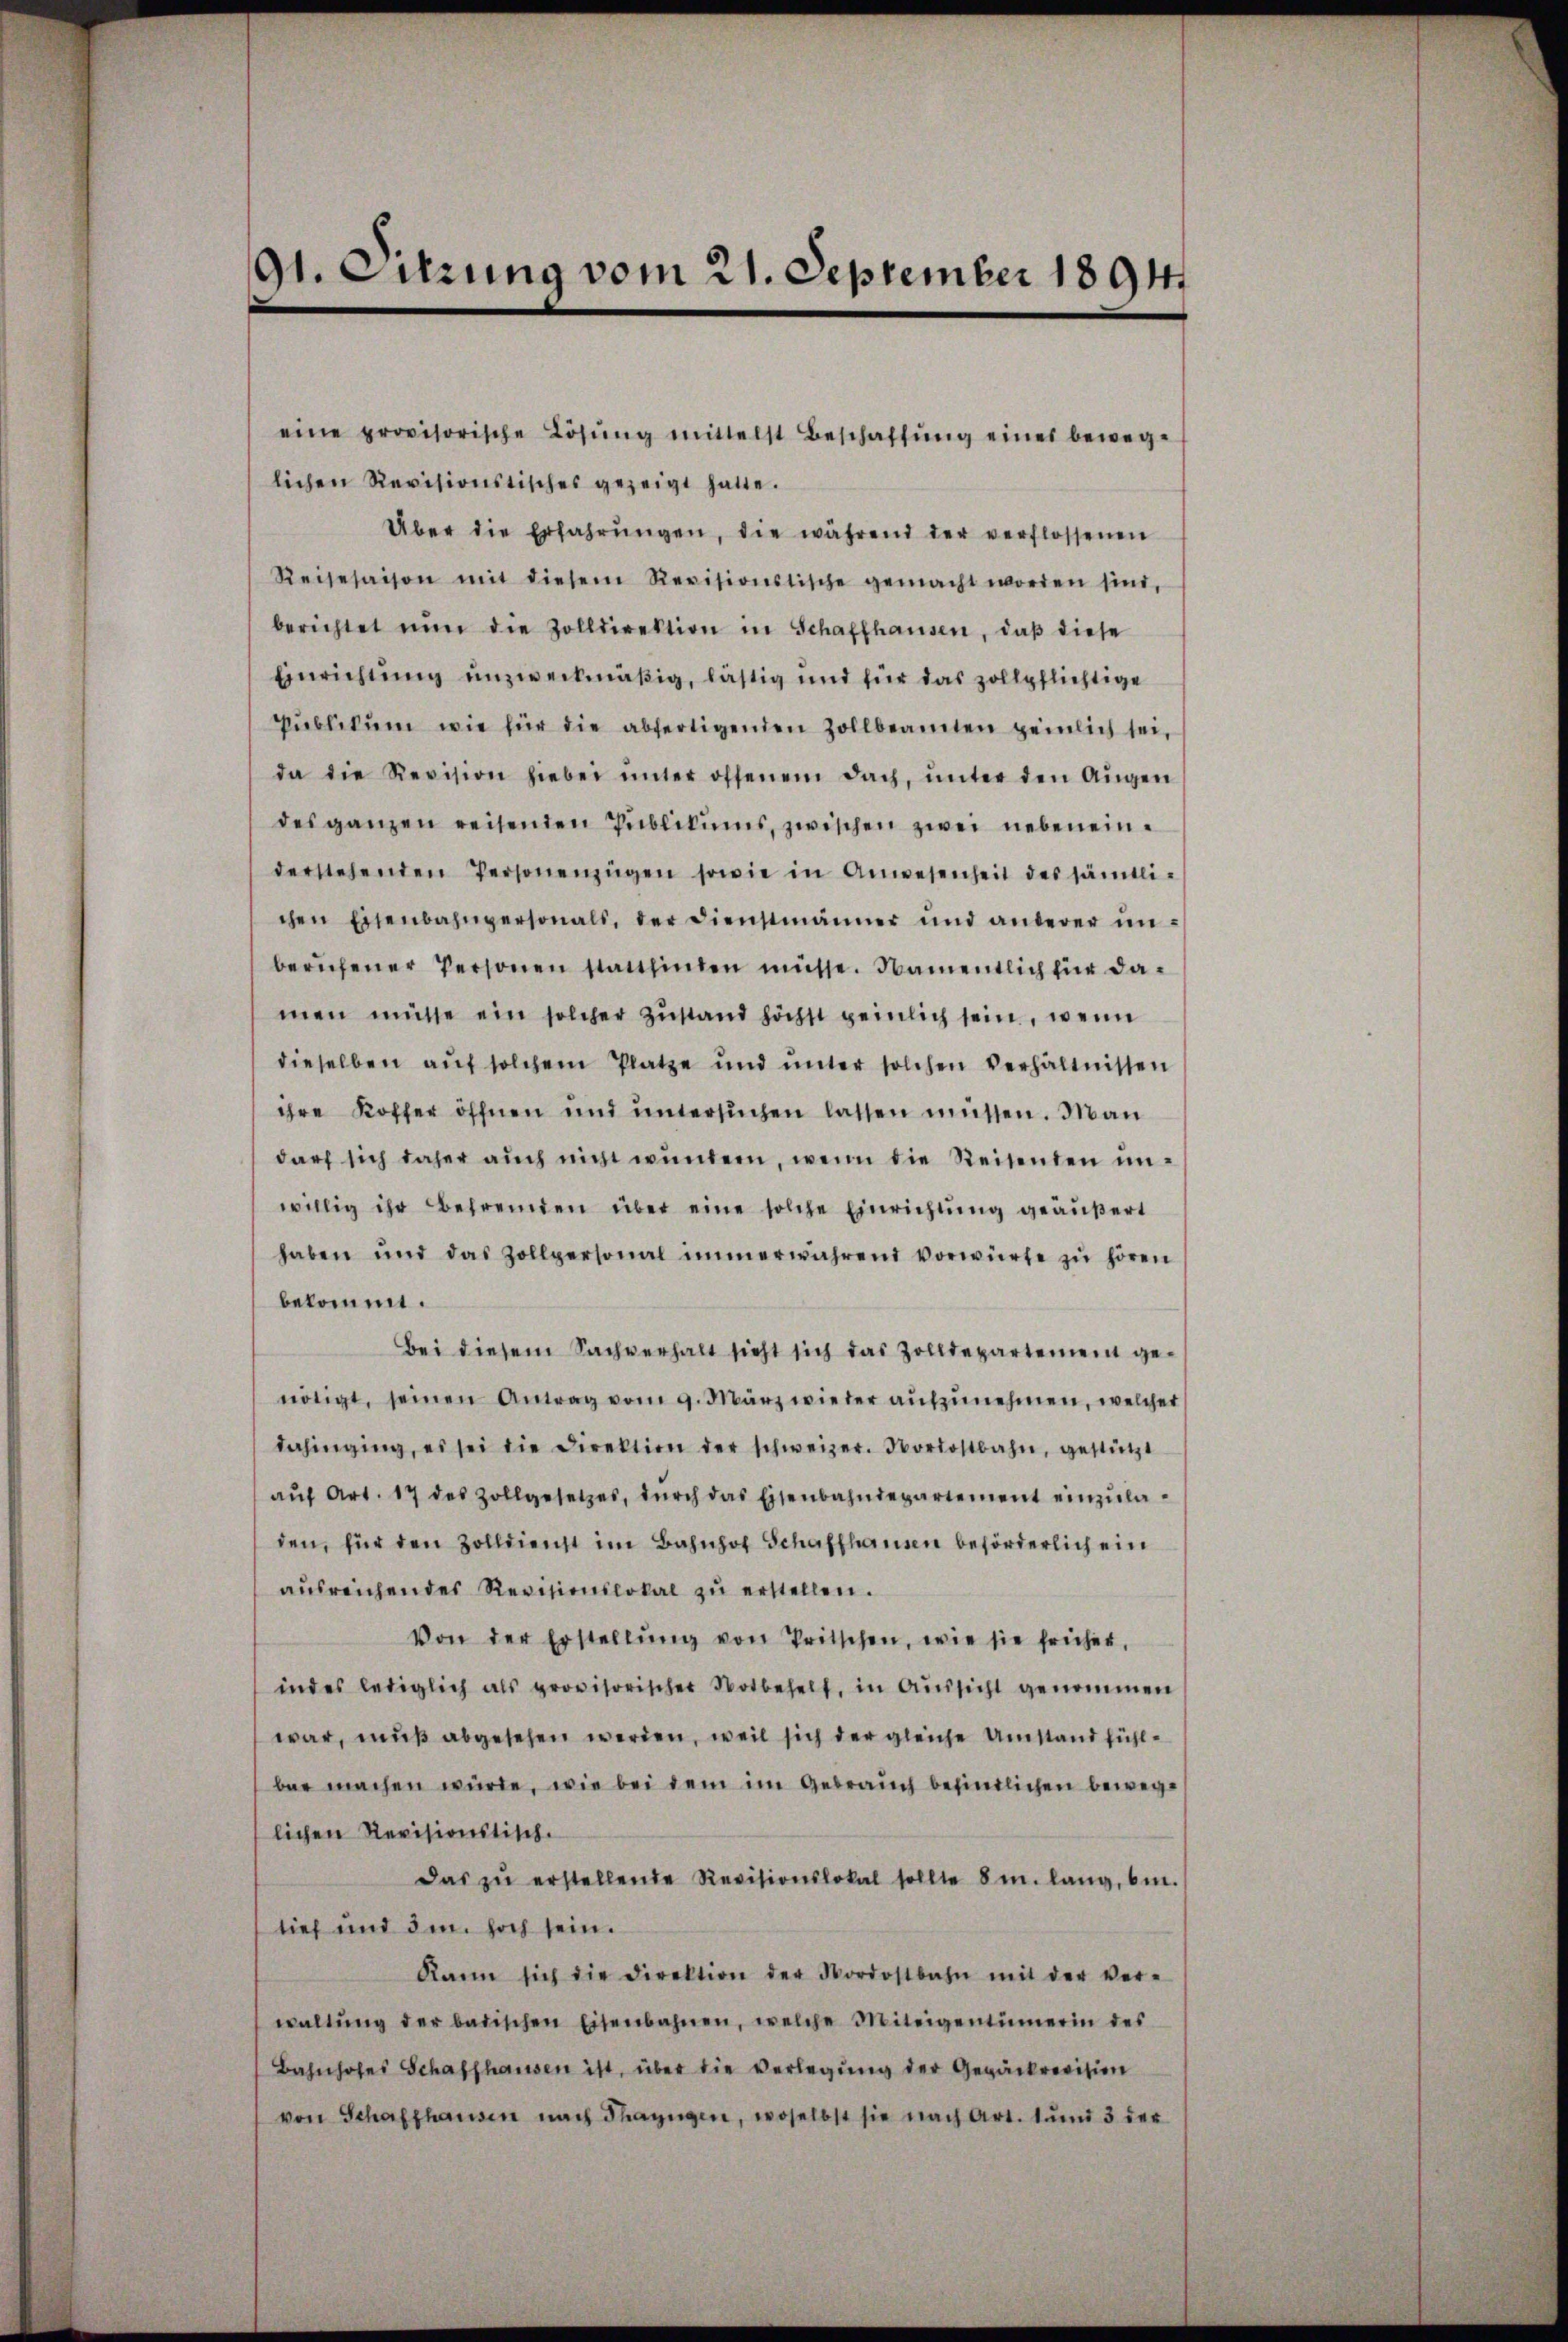
91. Sitzung vom 21. September 1891

eine provisorische Lösung mittelst Beschaffŭng eines beweg-
lichen Revisionstisches gezeigt hatte.
Über die Erfahrŭngen, die während der verflossenen
Reisesaison mit diesem Revisionstische gemacht worden sind,
berichtet nŭn die Zolldirektion in Schaffhausen, daβ diese
Einrichtung unzweckmäßig, lästig und für das zollpflichtige
Pŭblikŭm wie für die abfertigenden Zollbeamten peinlich sei,
da die Revision hiebei ŭnter offenem Dach, ŭnter den Aŭgen
des ganzen reisenden Publikums, zwischen zwei nebeneinderstehenden Personenzügen sowie in Anwesenheit des sämtlichen Eisenbahngersonals, der Dienstmänner und anderer ŭn-
berŭfener Personen stattfinden müsse. Namentlich für damen müsse ein solcher Zŭstand höchst peinlich sein, wenn
dieselben aŭf solchem Platze und unter solchen Verhältnissen
ihre Koffer öffnen und untersuchen lassen müssen. Man
darf sich daher auch nicht wundern, wenn die Reisenden unwillig ihr Befremden über eine solche Einrichtung geäußert
haben und das Zollpersonal immerwährend vorwürfe zŭ hören
bekommt.
Bei diesem Sachverhalt sicht sich das Zolldepartement ge-
nötigt, seinen Antrag vom 9. März wieder aŭfzŭnehmen, welcher
dahinging, es sei die Direktion der schweizer. Nordostbahn, gestützt
aŭf Art. 17 des Zollgesetzes, dŭrch das Eisenbahndepartement einzŭladen, für den Zolldienst im Bahnhof Schaffhausen beförderlich ein
aŭsreichendes Revisionslokal zŭ erstellen.
Von der Erstellŭng von Tritschen, wie sie früher,
indes lediglich als provisorischer Notbehelf, in Aussicht genommen
war, muß abgesehen werden, weil sich der gleiche Umstand fühlber machen würde, wie bei dem im Gebrauch befindlichen beweglichen Revisionstisch.
Das zŭ erstellende Revisionslokal sollte 8m. lang, bin.
tief und im hoch sein.
Kann sich die Direktion der Nordostbahn mit der ver-
waltŭng der badischen Eisenbahnen, welche Miteigentümerin des
Bahnhofes Schaffhausen ist, über die Verlegung der Gepäckrevision
von Schaffhausen nach Thayngen, woselbst sie nach Art. tŭm 3 der